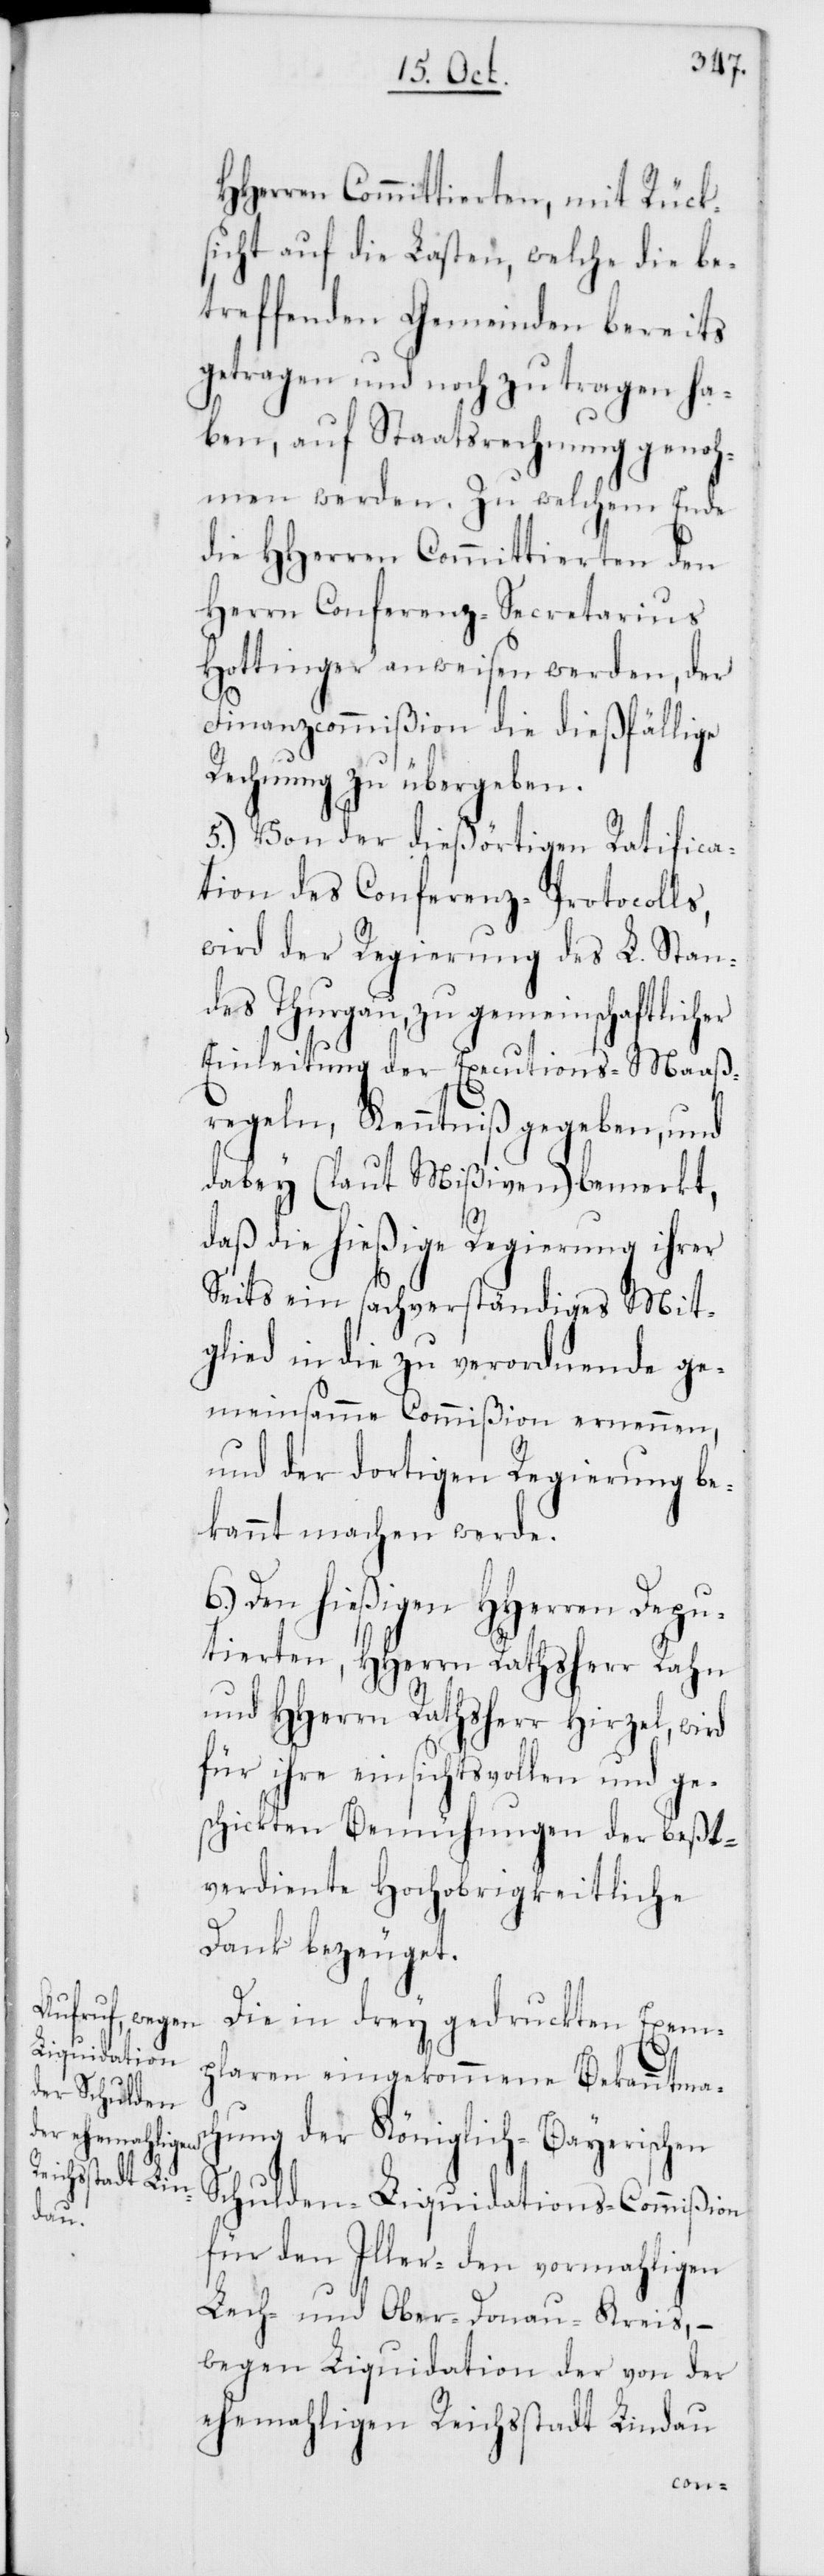
HHerren Committierten, mit Rück¬
sicht auf die Lasten, welche die be¬
treffenden Gemeinden bereits
getragen und noch zu tragen ha¬
ben, auf Staatsrechnung genoh¬
men werden. Zu welchem Ende
die HHerren Committierten den
Herrn Conferenz-Secretarius
Hottinger anweisen werden, der
Finanzcommißion die dießfällige
Rechnung zu übergeben.
5.) Von der dießörtigen Ratifica¬
tion des Conferenz-Protocolls,
wird der Regierung des L. Stan¬
des Thurgau, zu gemeinschaftlicher
Einleitung der Executions-Maaß¬
regeln, Kenntniß gegeben, und
dabey (laut Mißiven) bemerkt,
daß die hießige Regierung ihrer
Seits ein sachverständiges Mit¬
glied in die zu verordnende g¬
emeinsame Commißion ernennen,
und der dortigen Regierung be¬
kannt machen werde.
6.) Den hießigen HHerren Depu¬
tierten, HHerrn Rathsherr Rahn
und HHerrn Rathsherr Hirzel, wird
für ihre einsichtsvollen und ge¬
schickten Bemühungen der beßt¬
verdiente Hochobrigkeitliche
Dank bezeuget.
Die in drey gedruckten Exem¬
plaren eingekommene Bekanntmach¬
ung der Königlich-Bayerischen
Schulden-Liquidations-Commißion
für den Iller-[,] den vormahligen
Lech- und Ober-Donau-Kreis, –
wegen Liquidation der von der
ehemahligen Reichsstadt Lindau